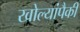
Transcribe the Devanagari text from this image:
खोल्यांपैकी